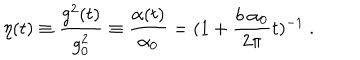
\eta ( t ) \equiv { \frac { g ^ { 2 } ( t ) } { g _ { 0 } ^ { 2 } } } \equiv { \frac { \alpha ( t ) } { \alpha _ { 0 } } } = ( 1 + { \frac { b ~ \alpha _ { 0 } } { 2 \pi } } t ) ^ { - 1 } ~ .